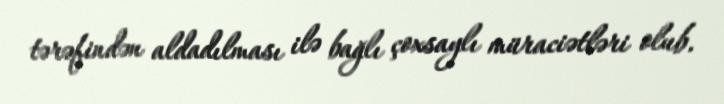
tərəfindən aldadılması ilə bağlı çoxsaylı müraciətləri olub.